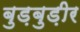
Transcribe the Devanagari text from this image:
बुड़बुड़ीर